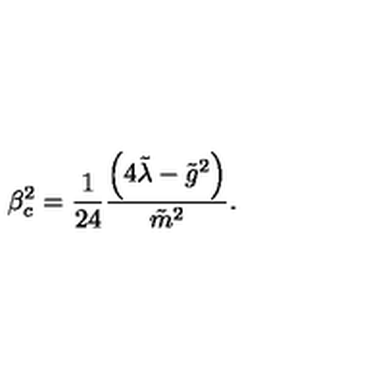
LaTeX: \beta _ { c } ^ { 2 } = \frac { 1 } { 2 4 } \frac { \left( 4 \tilde { \lambda } - { \tilde { g } } ^ { 2 } \right) } { \tilde { m } ^ { 2 } } .